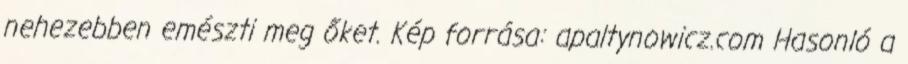
nehezebben emészti meg őket. Kép forrása: apaltynowicz.com Hasonló a